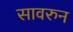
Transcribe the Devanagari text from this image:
सावरुन